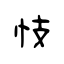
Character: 忮